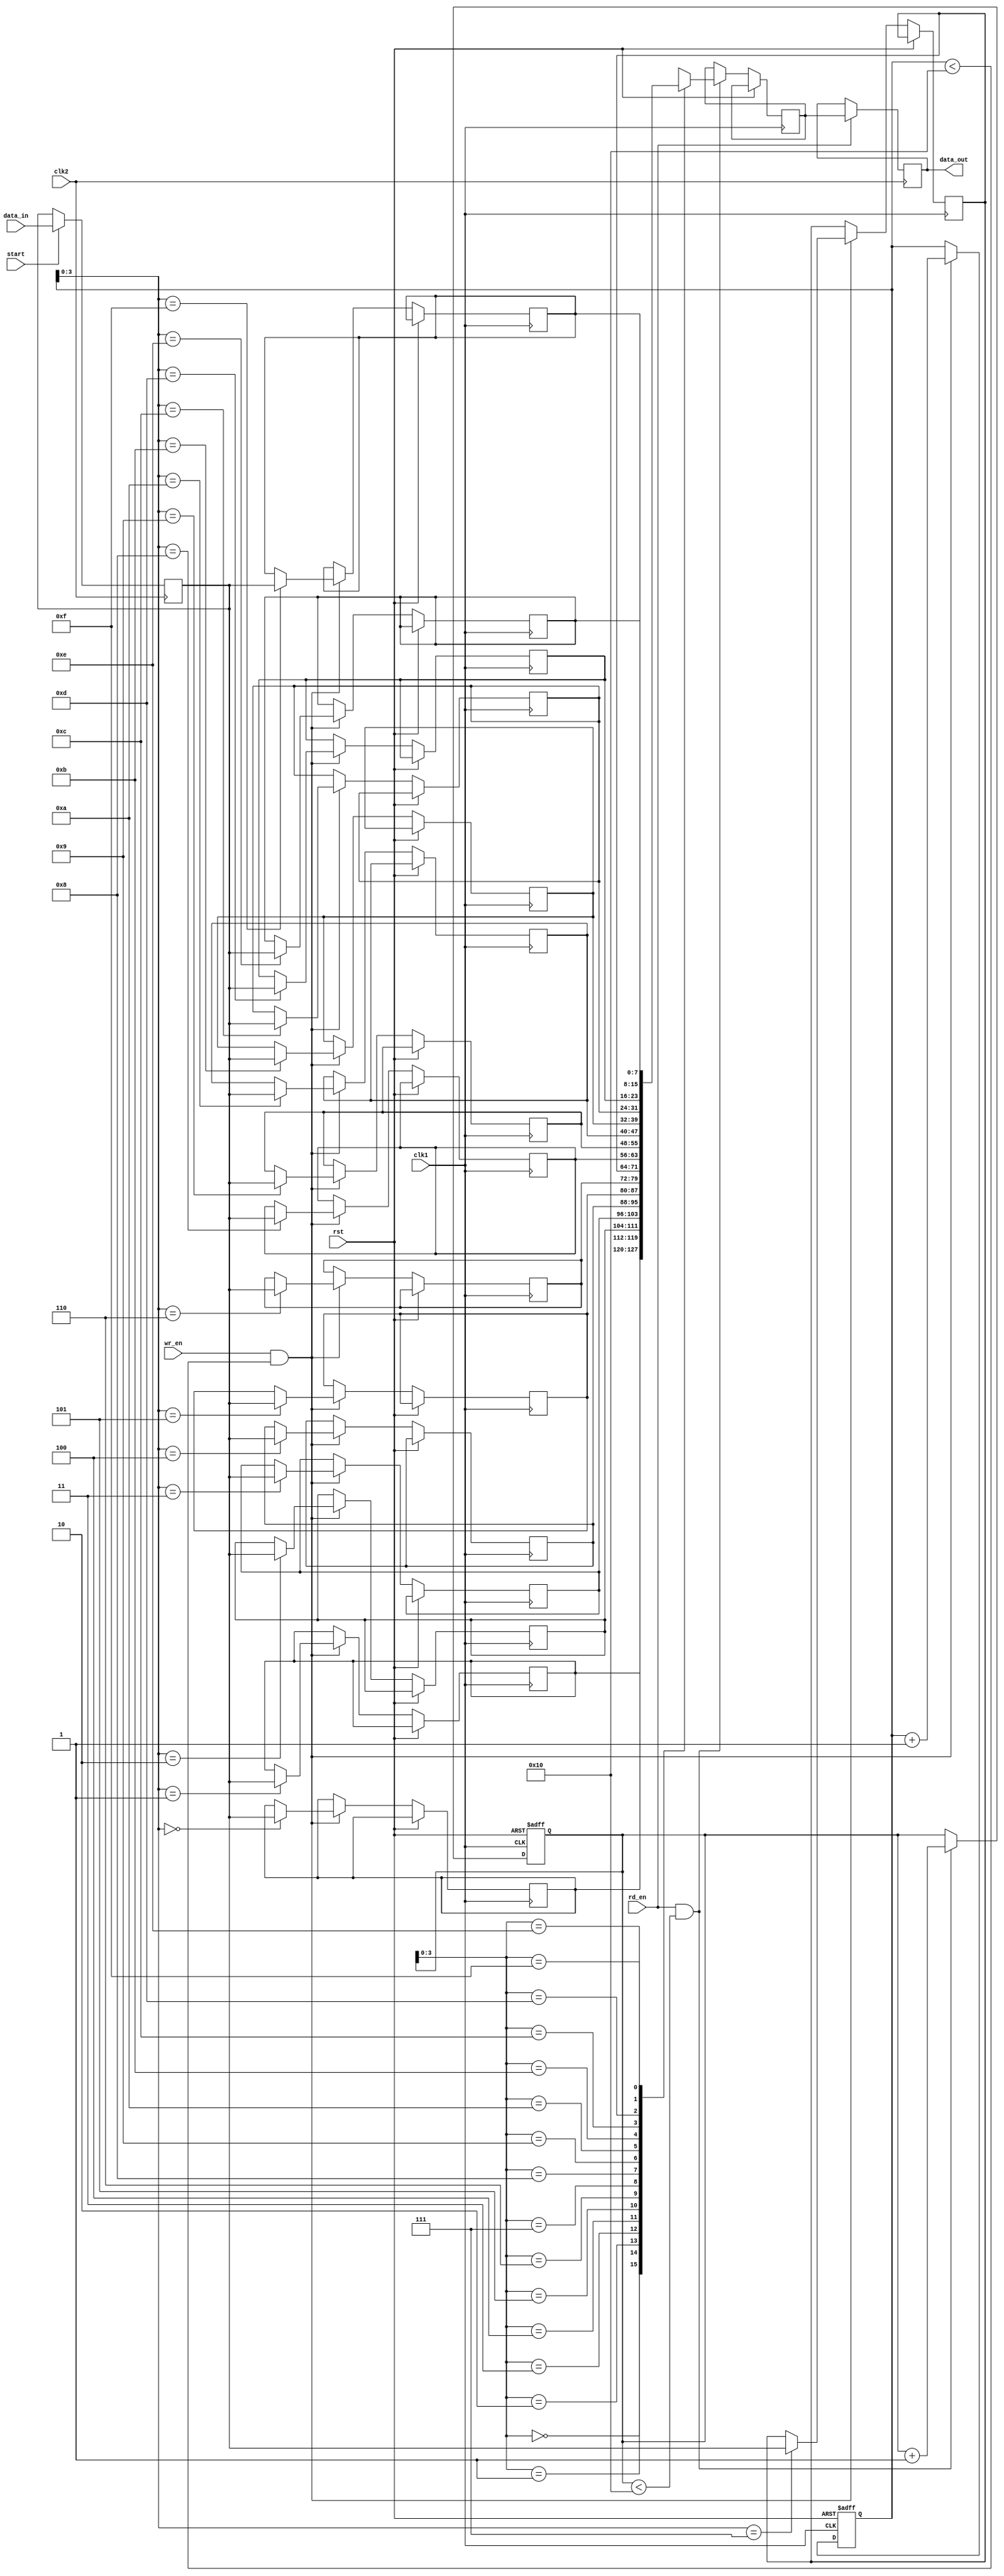
module LevelSensitiveFIFO (
    input wire clk1, // Clock signal for domain 1
    input wire clk2, // Clock signal for domain 2
    input wire rst, // Reset signal
    input wire start, // Start signal for data transfer
    input wire [DATA_WIDTH-1:0] data_in, // Input data
    output reg [DATA_WIDTH-1:0] data_out, // Output data
    input wire rd_en, // Read enable signal
    input wire wr_en // Write enable signal
);

parameter DATA_WIDTH = 8; // Data width of the FIFO buffer
parameter DEPTH = 16; // Depth of the FIFO buffer

reg [DATA_WIDTH-1:0] fifo_buffer [0:DEPTH-1];
reg [DATA_WIDTH-1:0] read_data;
reg [DATA_WIDTH-1:0] write_data;
reg [DEPTH-1:0] wr_ptr;
reg [DEPTH-1:0] rd_ptr;

always @(posedge clk1 or posedge rst) begin
    if (rst) begin
        wr_ptr <= 0;
        rd_ptr <= 0;
    end else begin
        if (wr_en && (wr_ptr < DEPTH)) begin
            fifo_buffer[wr_ptr] <= write_data;
            wr_ptr <= wr_ptr + 1;
        end
        
        if (rd_en && (rd_ptr < DEPTH)) begin
            read_data <= fifo_buffer[rd_ptr];
            rd_ptr <= rd_ptr + 1;
        end
    end
end

always @(posedge clk2) begin
    if (start) begin
        write_data <= data_in;
    end
    
    if (rd_en) begin
        data_out <= read_data;
    end
end

endmodule